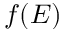
f ( E )